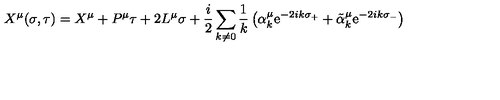
X ^ { \mu } ( \sigma , \tau ) = X ^ { \mu } + P ^ { \mu } \tau + 2 L ^ { \mu } \sigma + \frac { i } { 2 } \sum _ { k \neq 0 } \frac { 1 } { k } \left( \alpha _ { k } ^ { \mu } \mathrm { e } ^ { - 2 i k \sigma _ { + } } + \tilde { \alpha } _ { k } ^ { \mu } \mathrm { e } ^ { - 2 i k \sigma _ { - } } \right)